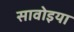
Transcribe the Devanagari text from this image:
सावोइया